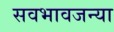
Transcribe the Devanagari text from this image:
सवभावजन्या